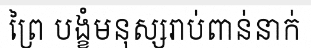
ព្រៃ បង្ខំមនុស្សរាប់ពាន់នាក់